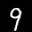
Label: 9